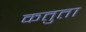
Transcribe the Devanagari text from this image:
कतुता